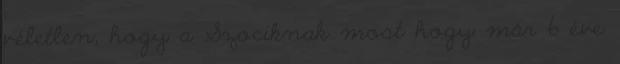
véletlen, hogy a Szociknak most hogy már 6 éve